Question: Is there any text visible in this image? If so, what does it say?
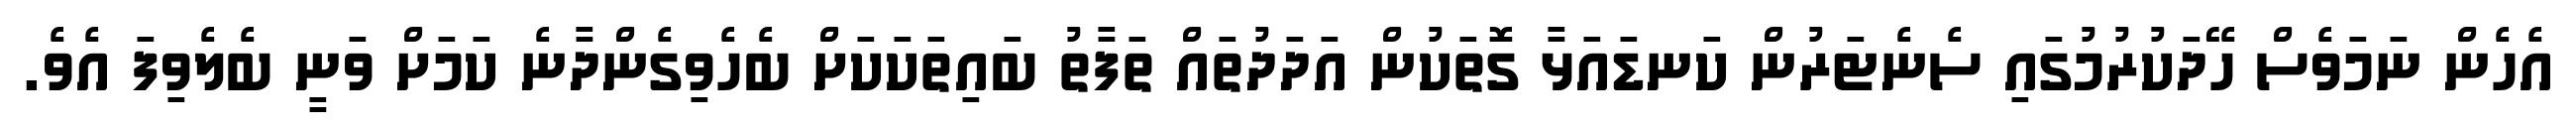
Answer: އެހެން ނަމަވެސް ހޭދަކުރުމުގައި ސެނެޓަރުން ކަނޑައަޅާ ގޮތަކުން އަދަދުތައް ތަފާތު ބައިތަކަކަށް ބެހެވިގެންދާނެ ކަމަށް ވަނީ ބެލެވިފަ އެވެ.